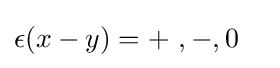
\epsilon (x-y)=+\ ,-,0\ \ ~